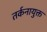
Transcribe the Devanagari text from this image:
तर्कनायुक्त